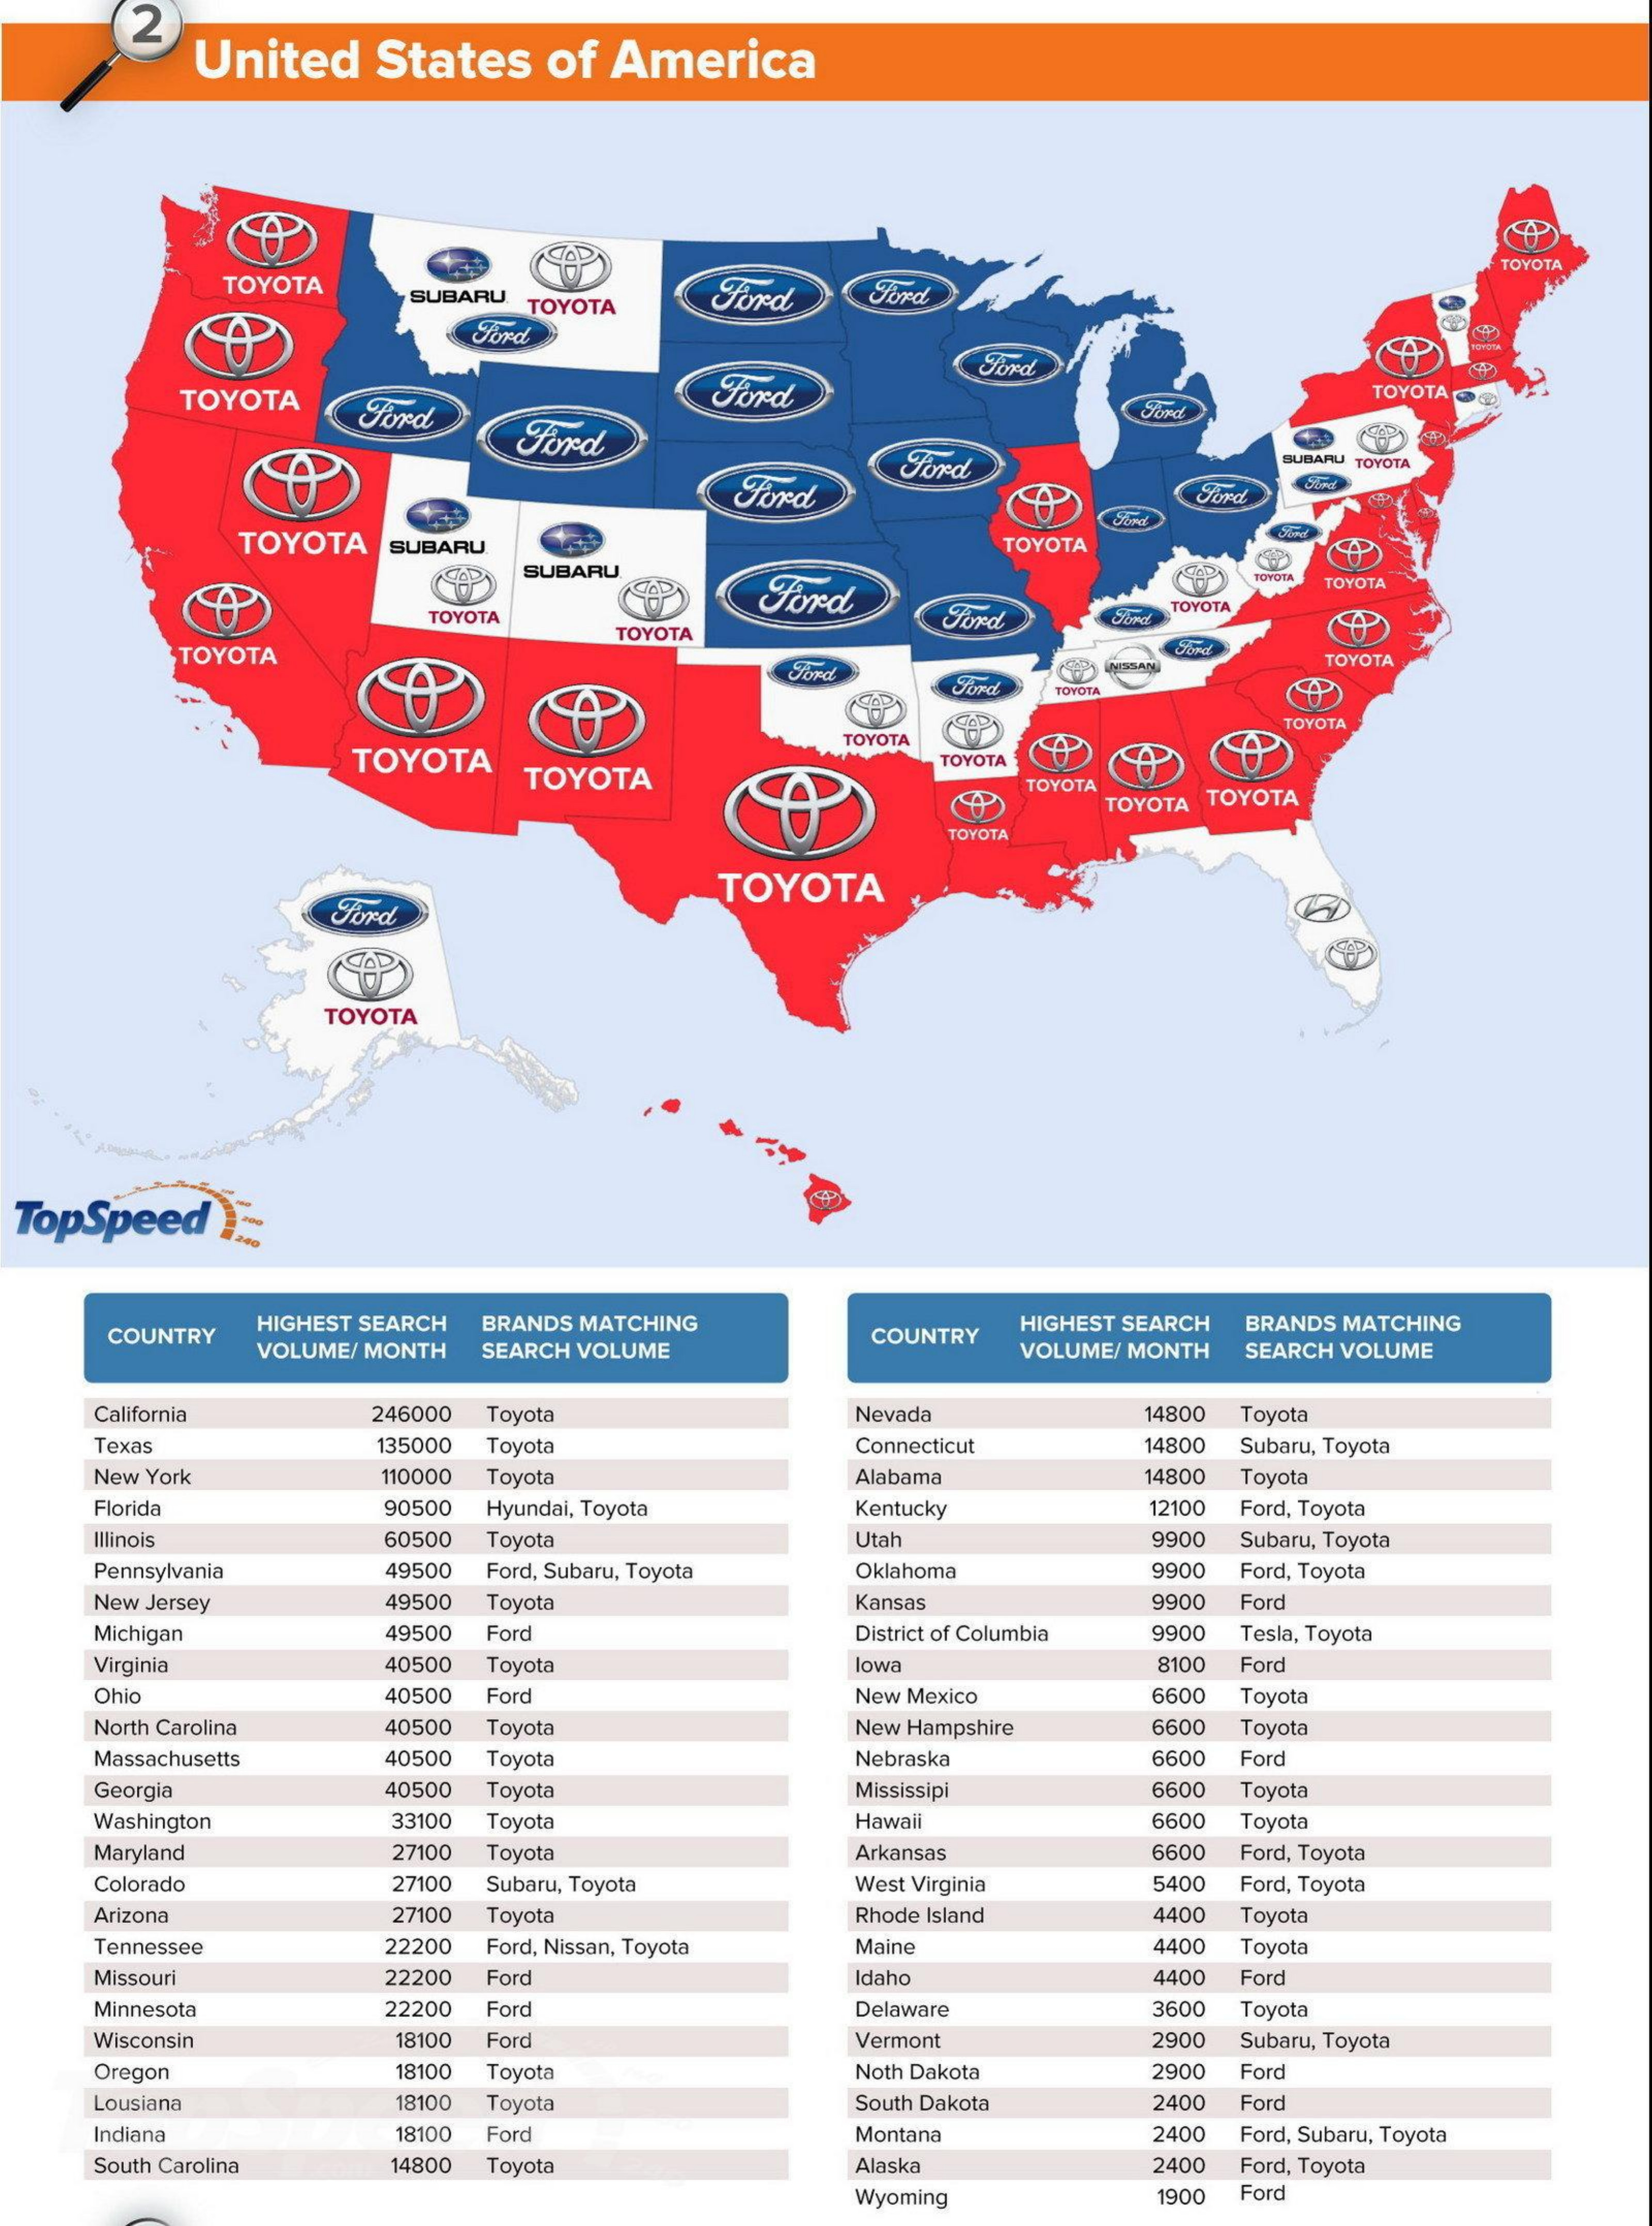
2
     United  States  of America
     TOYOTA
     TOYOTA
     SUBARU TOYOTA Ford   Ford
     Jord
     TOYOTA  Ford
     Ford    TOYOTA
     Ford
     Ford
     ford    SUBARU TOYOTA
     TOYOTA SUBARU    TOYOTA
     SUBARU
     Ford
     TOYOTA
     TOYOTA
     TOYOTA
     TOYOTA
     TOYOTA
     Ford
     TOYOTA
     TOYOTA
     TOYOTA
     TOYOTA
     TOYOTA
     TOYOTA
     TOYOTA
     TOYOTA
     TOYOTA TOYOTA
     TOYOTA
     TOYOTA
     TOYOTA
  TopSpeed ).
     COUNTRY
     HIGHEST SEARCH BRANDS MATCHING COUNTRY
     HIGHEST SEARCH BRANDS MATCHING
     VOLUME/ MONTH SEARCH VOLUME    VOLUME/ MONTH SEARCH VOLUME
     California  246000 Toyota    Nevada    14800 Toyota
     Texas    135000 Toyota    Connecticut  14800 Subaru, Toyota
     New York    110000 Toyota    Alabama    14800 Toyota
     Florida    90500 Hyundai, Toyota Kentucky    12100 Ford, Toyota
     Illinois    60500 Toyota    Utah    9900 Subaru, Toyota
     Pennsylvania 49500 Ford, Subaru, Toyota Oklahoma 9900 Ford, Toyota
     New Jersey   49500 Toyota    Kansas    9900 Ford
     Michigan    49500 Ford    District of Columbia 9900 Tesla, Toyota
     Virginia    40500 Toyota    lowa    8100 Ford
     Ohio    40500 Ford    New Mexico    6600 Toyota
     North Carolina 40500 Toyota    New Hampshire 6600 Toyota
     Massachusetts 40500 Toyota    Nebraska    6600 Ford
     Georgia    40500 Toyota    Mississipi    6600 Toyota
     Washington   33100 Toyota    Hawaii    6600 Toyota
     Maryland    27100 Toyota    Arkansas    6600 Ford, Toyota
     Colorado    27100 Subaru, Toyota West Virginia 5400 Ford, Toyota
     Arizona    27100 Toyota    Rhode Island  4400 Toyota
     Tennessee    22200 Ford, Nissan, Toyota Maine   4400 Toyota
     Missouri    22200 For    Idaho    4400 Ford
     Minnesota    22200 Ford    Delaware    3600 Toyota
     Wisconsin    18100 Ford    Vermont    2900 Subaru, Toyota
     Oregon    18100 Toyota    Noth Dakota   2900 Ford
     Lousiana    18100 Toyota    South Dakota  2400 Ford
     Indiana    18100 Ford    Montana    2400 Ford, Subaru, Toyota
     South Carolina 14800 Toyota    Alaska    2400 Ford, Toyota
     Wyoming    1900 Ford